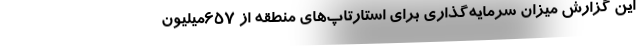
این گزارش میزان سرمایه‌گذاری برای استارتاپ‌های منطقه از ۶۵۷میلیون